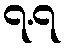
၇.၇